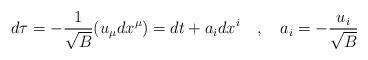
LaTeX: \begin{align*}d\tau=-{1 \over \sqrt{B}}(u_\mu dx^\mu)=dt+a_idx^i~~~,~~~a_i=-{u_i \over \sqrt{B}}\end{align*}